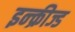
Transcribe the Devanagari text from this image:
इन्क्रीज्ड